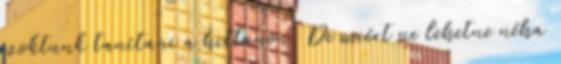
szoktunk tanítani a hittanon. De miért ne lehetne néha